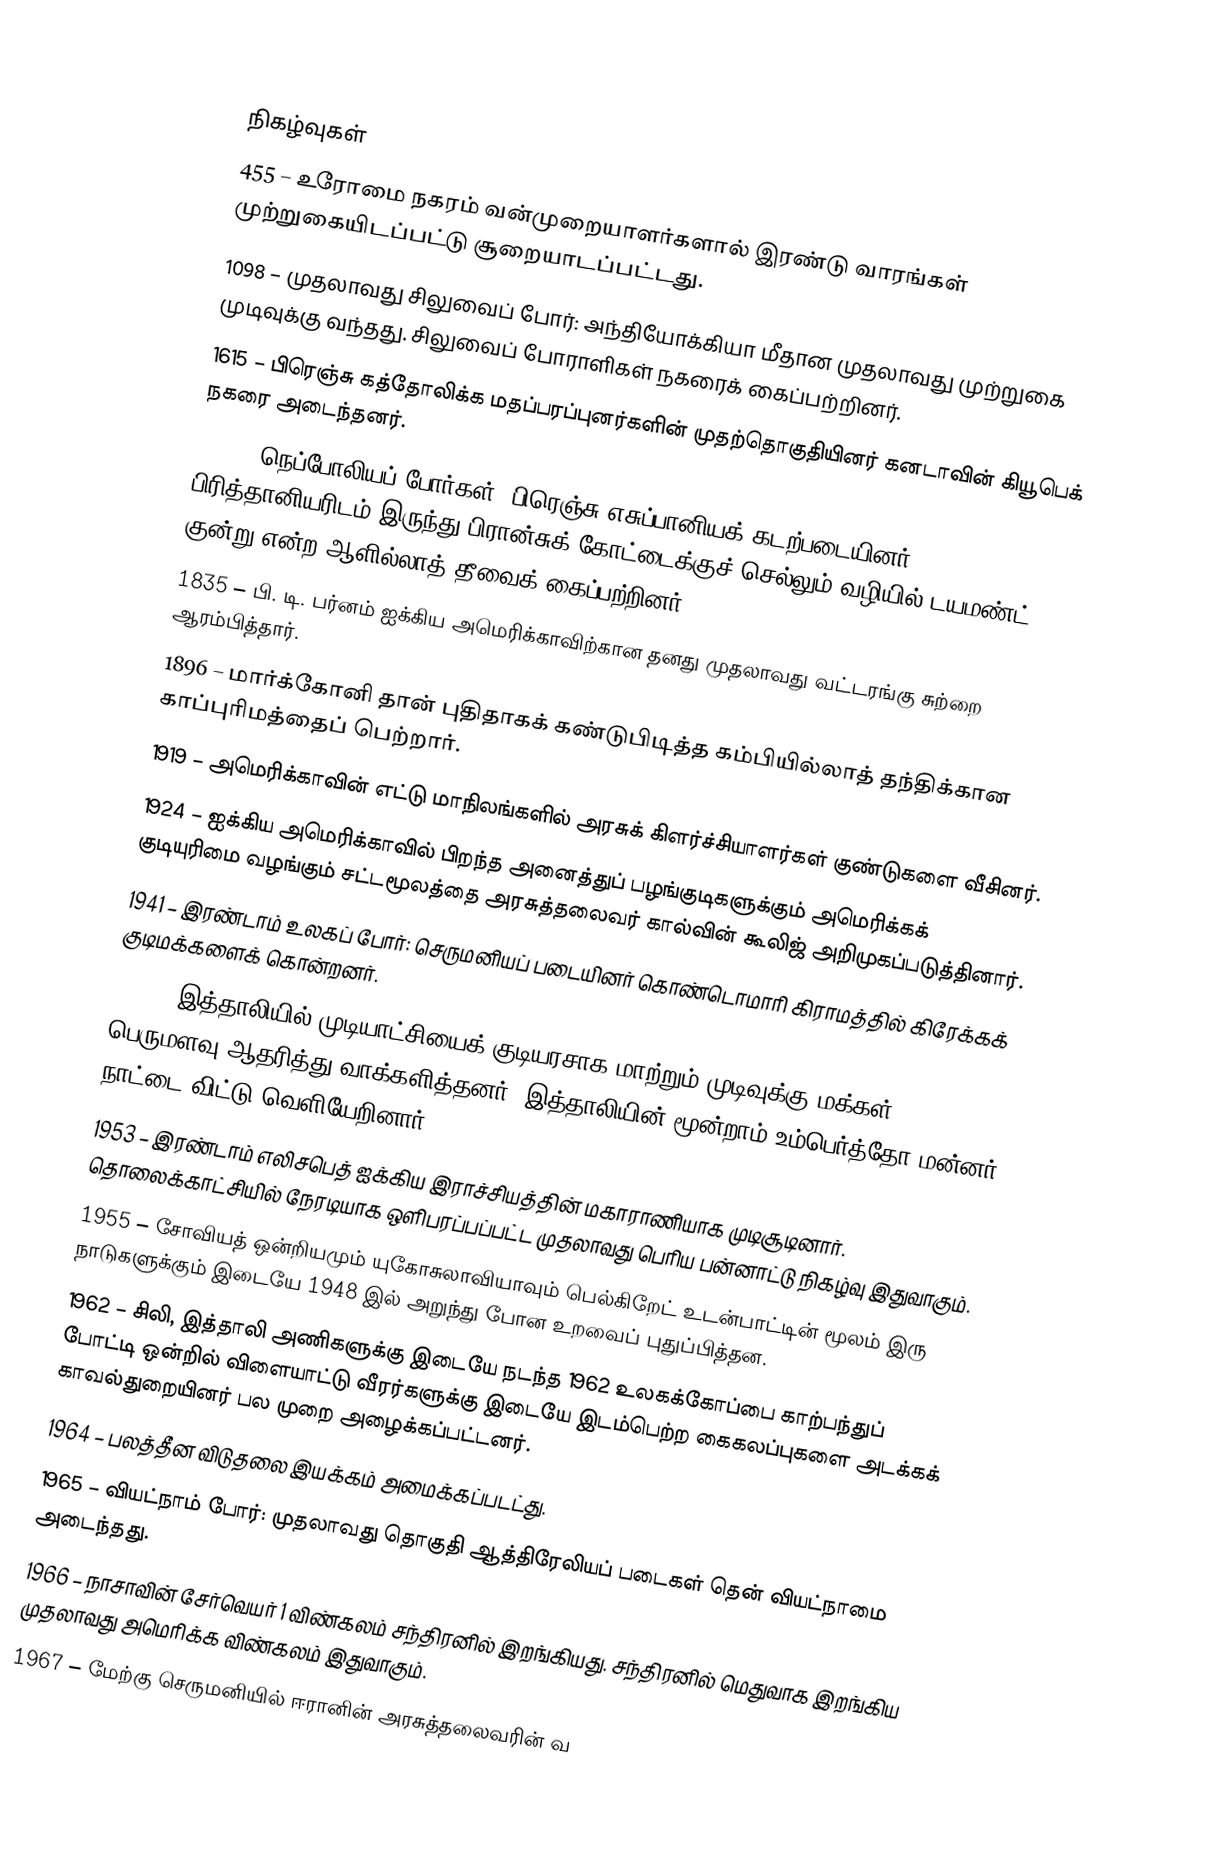

நிகழ்வுகள்
455 – உரோமை நகரம் வன்முறையாளர்களால் இரண்டு வாரங்கள் முற்றுகையிடப்பட்டு சூறையாடப்பட்டது.
1098 – முதலாவது சிலுவைப் போர்: அந்தியோக்கியா மீதான முதலாவது முற்றுகை முடிவுக்கு வந்தது. சிலுவைப் போராளிகள் நகரைக் கைப்பற்றினர்.
1615 – பிரெஞ்சு கத்தோலிக்க மதப்பரப்புனர்களின் முதற்தொகுதியினர் கனடாவின் கியூபெக் நகரை அடைந்தனர்.
1805 – நெப்போலியப் போர்கள்: பிரெஞ்சு-எசுப்பானியக் கடற்படையினர் பிரித்தானியரிடம் இருந்து பிரான்சுக் கோட்டைக்குச் செல்லும் வழியில் டயமண்ட் குன்று என்ற ஆளில்லாத் தீவைக் கைப்பற்றினர்.
1835 – பி. டி. பர்னம் ஐக்கிய அமெரிக்காவிற்கான தனது முதலாவது வட்டரங்கு சுற்றை ஆரம்பித்தார்.
1896 – மார்க்கோனி தான் புதிதாகக் கண்டுபிடித்த கம்பியில்லாத் தந்திக்கான காப்புரிமத்தைப் பெற்றார்.
1919 – அமெரிக்காவின் எட்டு மாநிலங்களில் அரசுக் கிளர்ச்சியாளர்கள் குண்டுகளை வீசினர்.
1924 – ஐக்கிய அமெரிக்காவில் பிறந்த அனைத்துப் பழங்குடிகளுக்கும் அமெரிக்கக் குடியுரிமை வழங்கும் சட்டமூலத்தை அரசுத்தலைவர் கால்வின் கூலிஜ் அறிமுகப்படுத்தினார்.
1941 – இரண்டாம் உலகப் போர்: செருமனியப் படையினர் கொண்டொமாரி கிராமத்தில் கிரேக்கக் குடிமக்களைக் கொன்றனர்.
1946 – இத்தாலியில் முடியாட்சியைக் குடியரசாக மாற்றும் முடிவுக்கு மக்கள் பெருமளவு ஆதரித்து வாக்களித்தனர். இத்தாலியின் மூன்றாம் உம்பெர்த்தோ மன்னர் நாட்டை விட்டு வெளியேறினார்.
1953 – இரண்டாம் எலிசபெத் ஐக்கிய இராச்சியத்தின் மகாராணியாக முடிசூடினார். தொலைக்காட்சியில் நேரடியாக ஒளிபரப்பப்பட்ட முதலாவது பெரிய பன்னாட்டு நிகழ்வு இதுவாகும்.
1955 – சோவியத் ஒன்றியமும் யுகோசுலாவியாவும் பெல்கிறேட் உடன்பாட்டின் மூலம் இரு நாடுகளுக்கும் இடையே 1948 இல் அறுந்து போன உறவைப் புதுப்பித்தன.
1962 – சிலி, இத்தாலி அணிகளுக்கு இடையே நடந்த 1962 உலகக்கோப்பை காற்பந்துப் போட்டி ஒன்றில் விளையாட்டு வீரர்களுக்கு இடையே இடம்பெற்ற கைகலப்புகளை அடக்கக் காவல்துறையினர் பல முறை அழைக்கப்பட்டனர்.
1964 – பலத்தீன விடுதலை இயக்கம் அமைக்கப்படட்து.
1965 – வியட்நாம் போர்: முதலாவது தொகுதி ஆத்திரேலியப் படைகள் தென் வியட்நாமை அடைந்தது.
1966 – நாசாவின் சேர்வெயர் 1 விண்கலம் சந்திரனில் இறங்கியது. சந்திரனில் மெதுவாக இறங்கிய முதலாவது அமெரிக்க விண்கலம் இதுவாகும்.
1967 – மேற்கு செருமனியில் ஈரானின் அரசுத்தலைவரின் வ